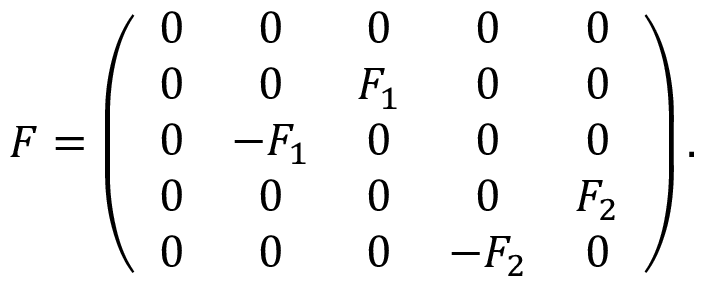
{ \cal F } = \left( \begin{array} { c c c c c } { { 0 } } & { { 0 } } & { { 0 } } & { { 0 } } & { { 0 } } \\ { { 0 } } & { { 0 } } & { { F _ { 1 } } } & { { 0 } } & { { 0 } } \\ { { 0 } } & { { - F _ { 1 } } } & { { 0 } } & { { 0 } } & { { 0 } } \\ { { 0 } } & { { 0 } } & { { 0 } } & { { 0 } } & { { F _ { 2 } } } \\ { { 0 } } & { { 0 } } & { { 0 } } & { { - F _ { 2 } } } & { { 0 } } \end{array} \right) .